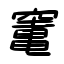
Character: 竃